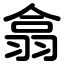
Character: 翕